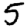
Digit: 5